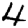
Digit: 4